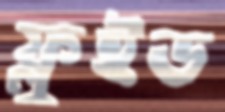
ফ্লুইড